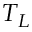
T _ { L }